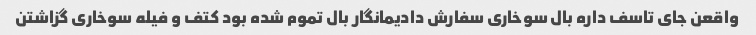
واقعن جای تاسف داره بال سوخاری سفارش دادیمانگار بال تموم شده بود کتف و فیله سوخاری گزاشتن